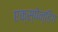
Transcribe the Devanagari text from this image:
एक्स्पेन्डिंग